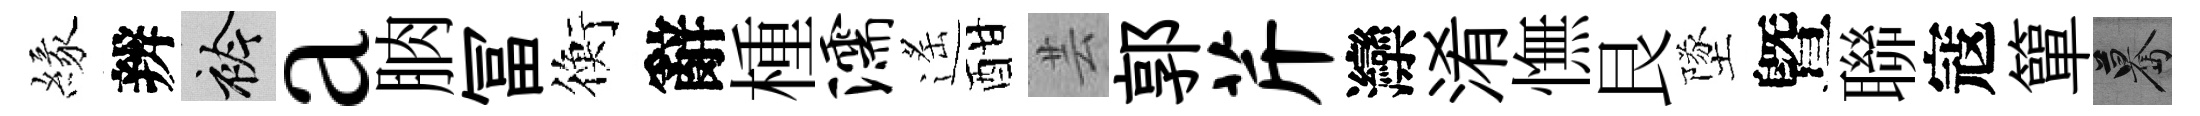
緣辨衿a朒冨衡辭㮔濡遙酣芸郭芹灤淆憮艮墜曁聯寇簞驀